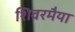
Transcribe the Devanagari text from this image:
शिवरमैया